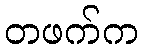
တဖက်က